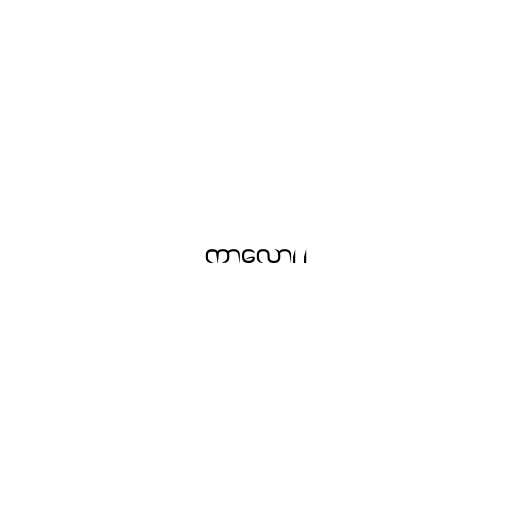
ကာလော၊ ၊